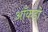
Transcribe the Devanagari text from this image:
आँकडो़